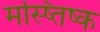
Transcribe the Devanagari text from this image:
मस्ष्तिष्क